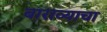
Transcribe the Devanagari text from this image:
बाराव्याचा